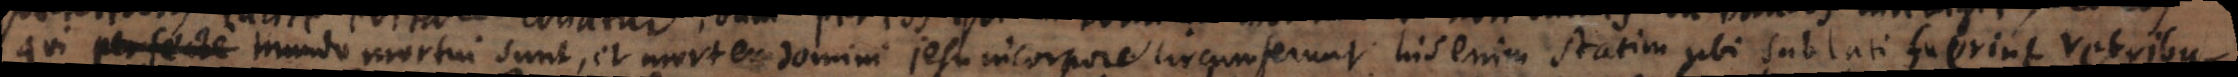
qui perfecte mundo mortui sunt, et mortem Domini Jesu in corpore circumferunt, his enim statim ubi sublati fuerint retribu-